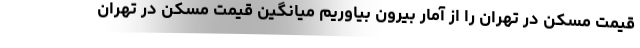
قیمت مسکن در تهران را از آمار بیرون بیاوریم میانگین قیمت مسکن در تهران